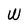
Character: W